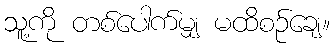
သူ့ကို တစ်ပေါက်မျှ မထိစဉ်ချေ။